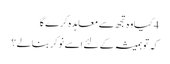
4 کیا وہ تجھ سے معاہدہ کرے گا
کہ تو ہمیشہ کے لئے اسے نوکر بنالے ؟